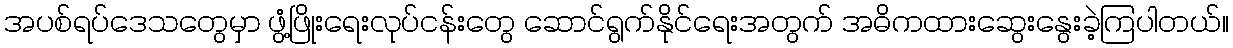
အပစ်ရပ်ဒေသတွေမှာ ဖွံ့ဖြိုးရေးလုပ်ငန်းတွေ ဆောင်ရွက်နိုင်ရေးအတွက် အဓိကထားဆွေးနွေးခဲ့ကြပါတယ်။